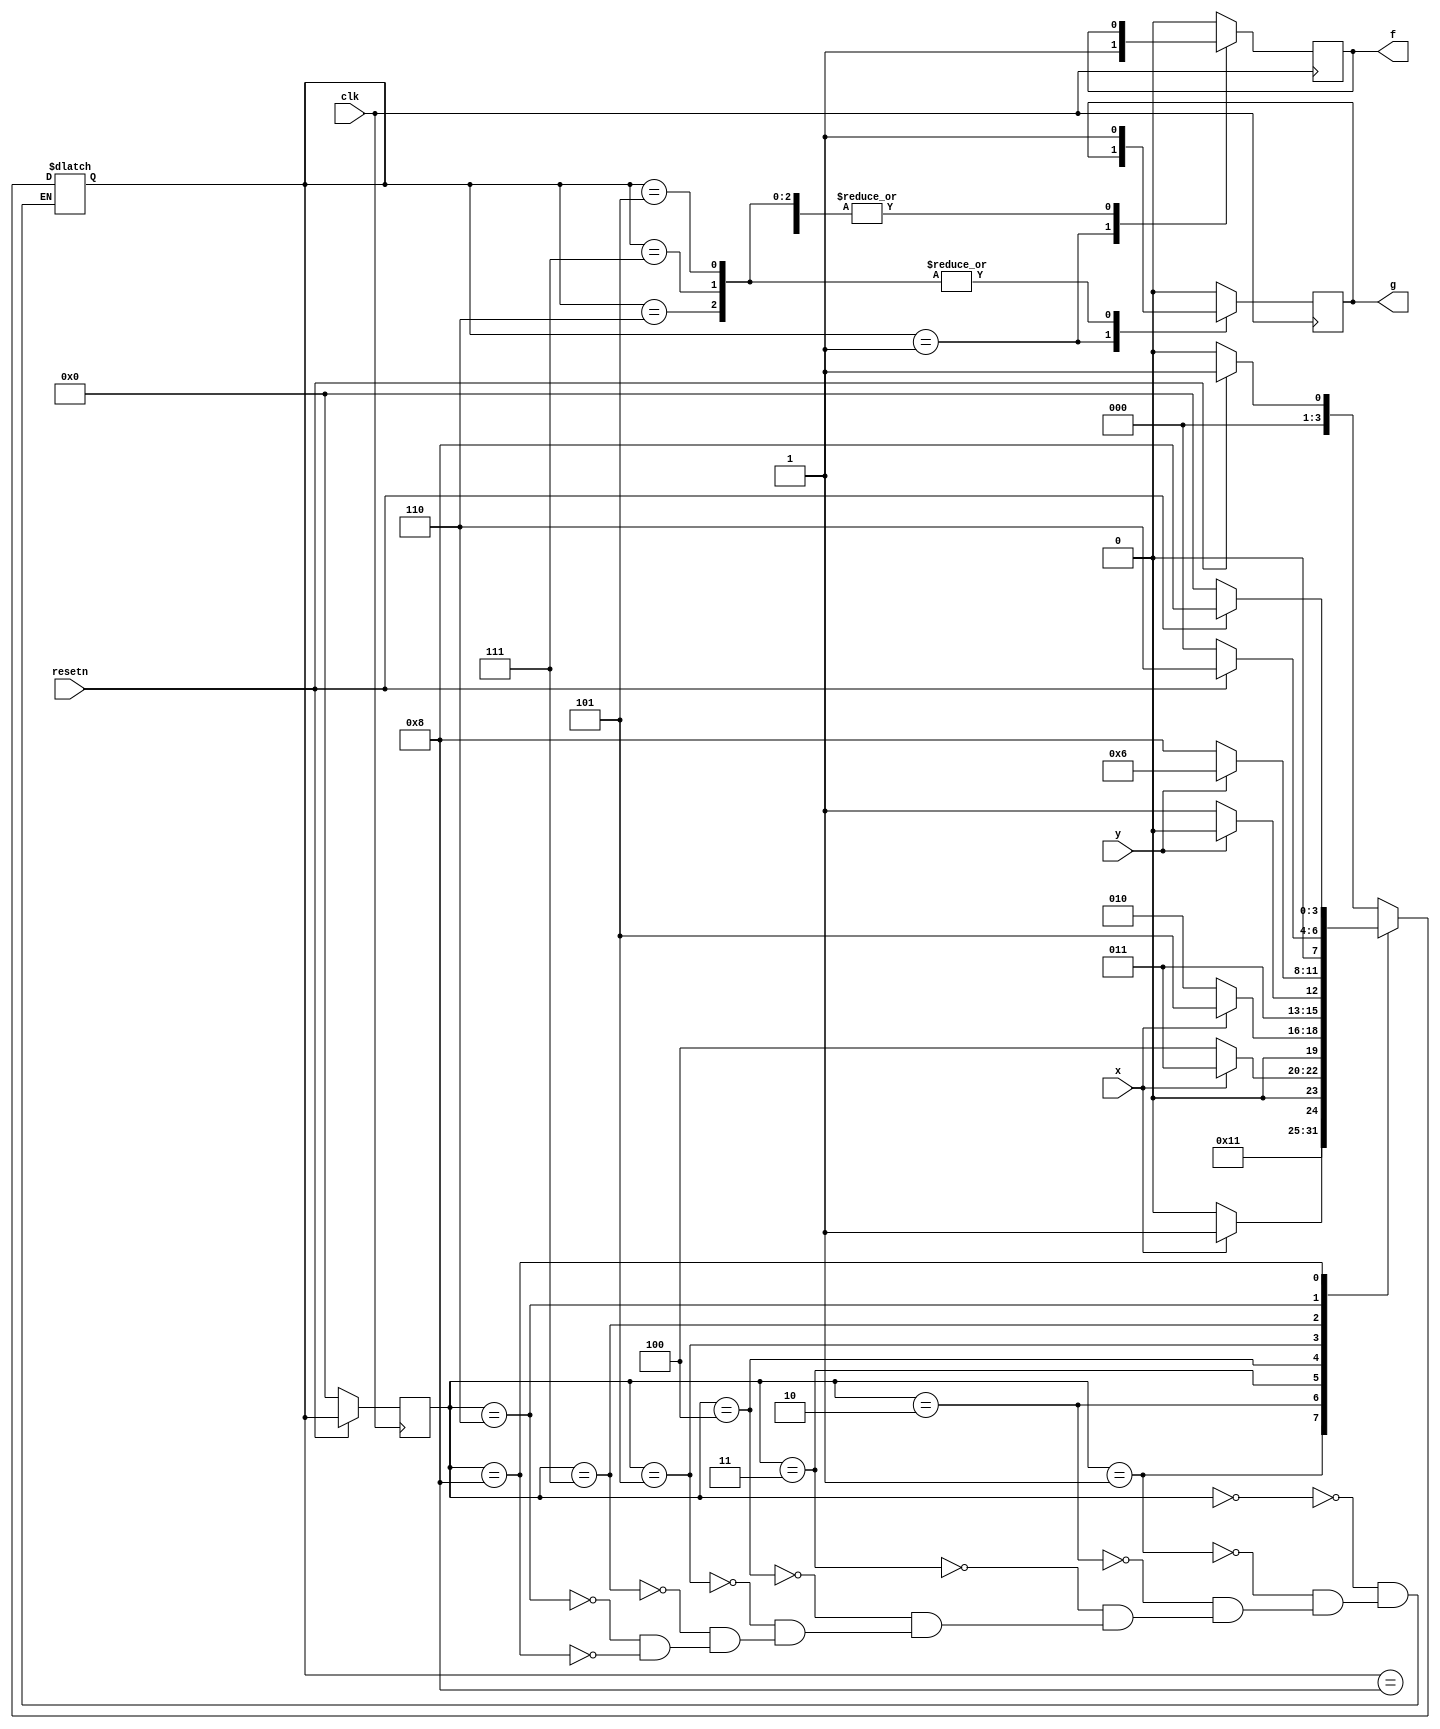
// This program was cloned from: https://github.com/Yvan-xy/verilog-doc
// License: GNU General Public License v2.0

module top_module (
    input clk,
    input resetn,    // active-low synchronous reset
    input x,
    input y,
    output reg f,
    output reg g
); 

    parameter A=4'd0, f1=4'd1, tmp0=4'd2, tmp1=4'd3, tmp2=4'd4, g1=4'd5, g1p=4'd6, tmp3=4'd7, g0p=4'd8;
    reg	[3:0] state, next_state;
    
    always@(*) begin
        case(state)
            A: begin
                if(resetn) 
                    next_state = f1;
                else
                    next_state = A;
            end
            f1:		next_state = tmp0;
            tmp0: begin
                if(x)
                    next_state = tmp1;
                else
                    next_state = tmp0;
            end
            tmp1: begin
                if(~x)
                    next_state = tmp2;
                else
                    next_state = tmp1;
            end
            tmp2: begin
                if(x)
                    next_state = g1;
                else
                    next_state = tmp0;
            end
            g1:	begin
                if(y)
                    next_state = g1p;
                else
                    next_state = tmp3;
            end
            tmp3: begin
                if(y)
                    next_state = g1p;
                else
                    next_state = g0p;
            end
            g1p: begin
                if(~resetn)
                    next_state = A;
                else
                    next_state = g1p;
            end
            g0p: begin
                if(~resetn)
                    next_state = A;
                else
                    next_state = g0p;
            end
        endcase
    end
    
    always@(posedge clk) begin
        if(~resetn)
            state <= A;
        else
            state <= next_state;
    end
    
    always@(posedge clk) begin
        case(next_state)
            f1:     f <= 1'b1;
            g1,
            tmp3,
            g1p:    g <= 1'b1;
            g0p:    g <= 1'b0;
            default: begin
                    f <= 1'b0;
                    g <= 1'b0;
            end
        endcase
    end

endmodule